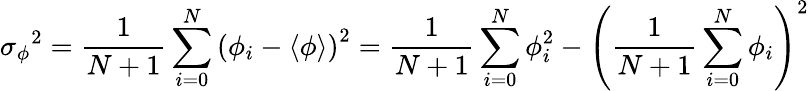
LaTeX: \sigma{_\phi}^{2}={\frac{1}{N+1}}\sum_{i=0}^{N}\left(\phi_{i}-\langle\phi\rangle\right)^{2}={\frac{1}{N+1}}\sum_{i=0}^{N}\phi_{i}^{2}-\left({\frac{1}{N+1}}\sum_{i=0}^{N}\phi_{i}\right)^{2}